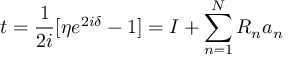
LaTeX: t = { \frac { 1 } { 2 i } } [ \eta e ^ { 2 i \delta } - 1 ] = I + \sum _ { n = 1 } ^ { N } R _ { n } a _ { n }